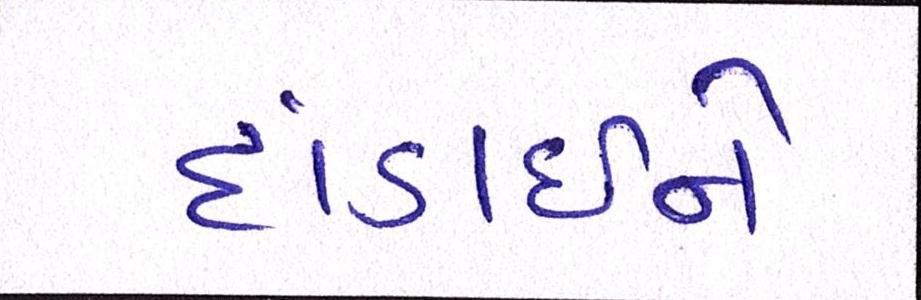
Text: દાંડાઈને